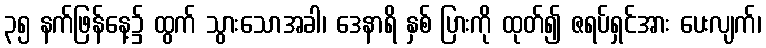
၃၅ နက်ဖြန်နေ့၌ ထွက် သွားသောအခါ၊ ဒေနာရိ နှစ် ပြားကို ထုတ်၍ ဇရပ်ရှင်အား ပေးလျက်၊